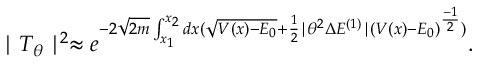
\mid T _ { \theta } \mid ^ { 2 } \approx e ^ { - 2 \sqrt { 2 m } \int _ { x _ { 1 } } ^ { x _ { 2 } } d x ( \sqrt { V ( x ) - E _ { 0 } } + \frac { 1 } { 2 } \mid \theta ^ { 2 } \Delta E ^ { ( 1 ) } \mid ( V ( x ) - E _ { 0 } ) ^ { \frac { - 1 } { 2 } } ) } .